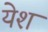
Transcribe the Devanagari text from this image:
येश